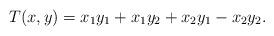
LaTeX: \begin{align*}T(x,y)=x_{1}y_{1}+x_{1}y_{2}+x_{2}y_{1}-x_{2}y_{2}. \end{align*}